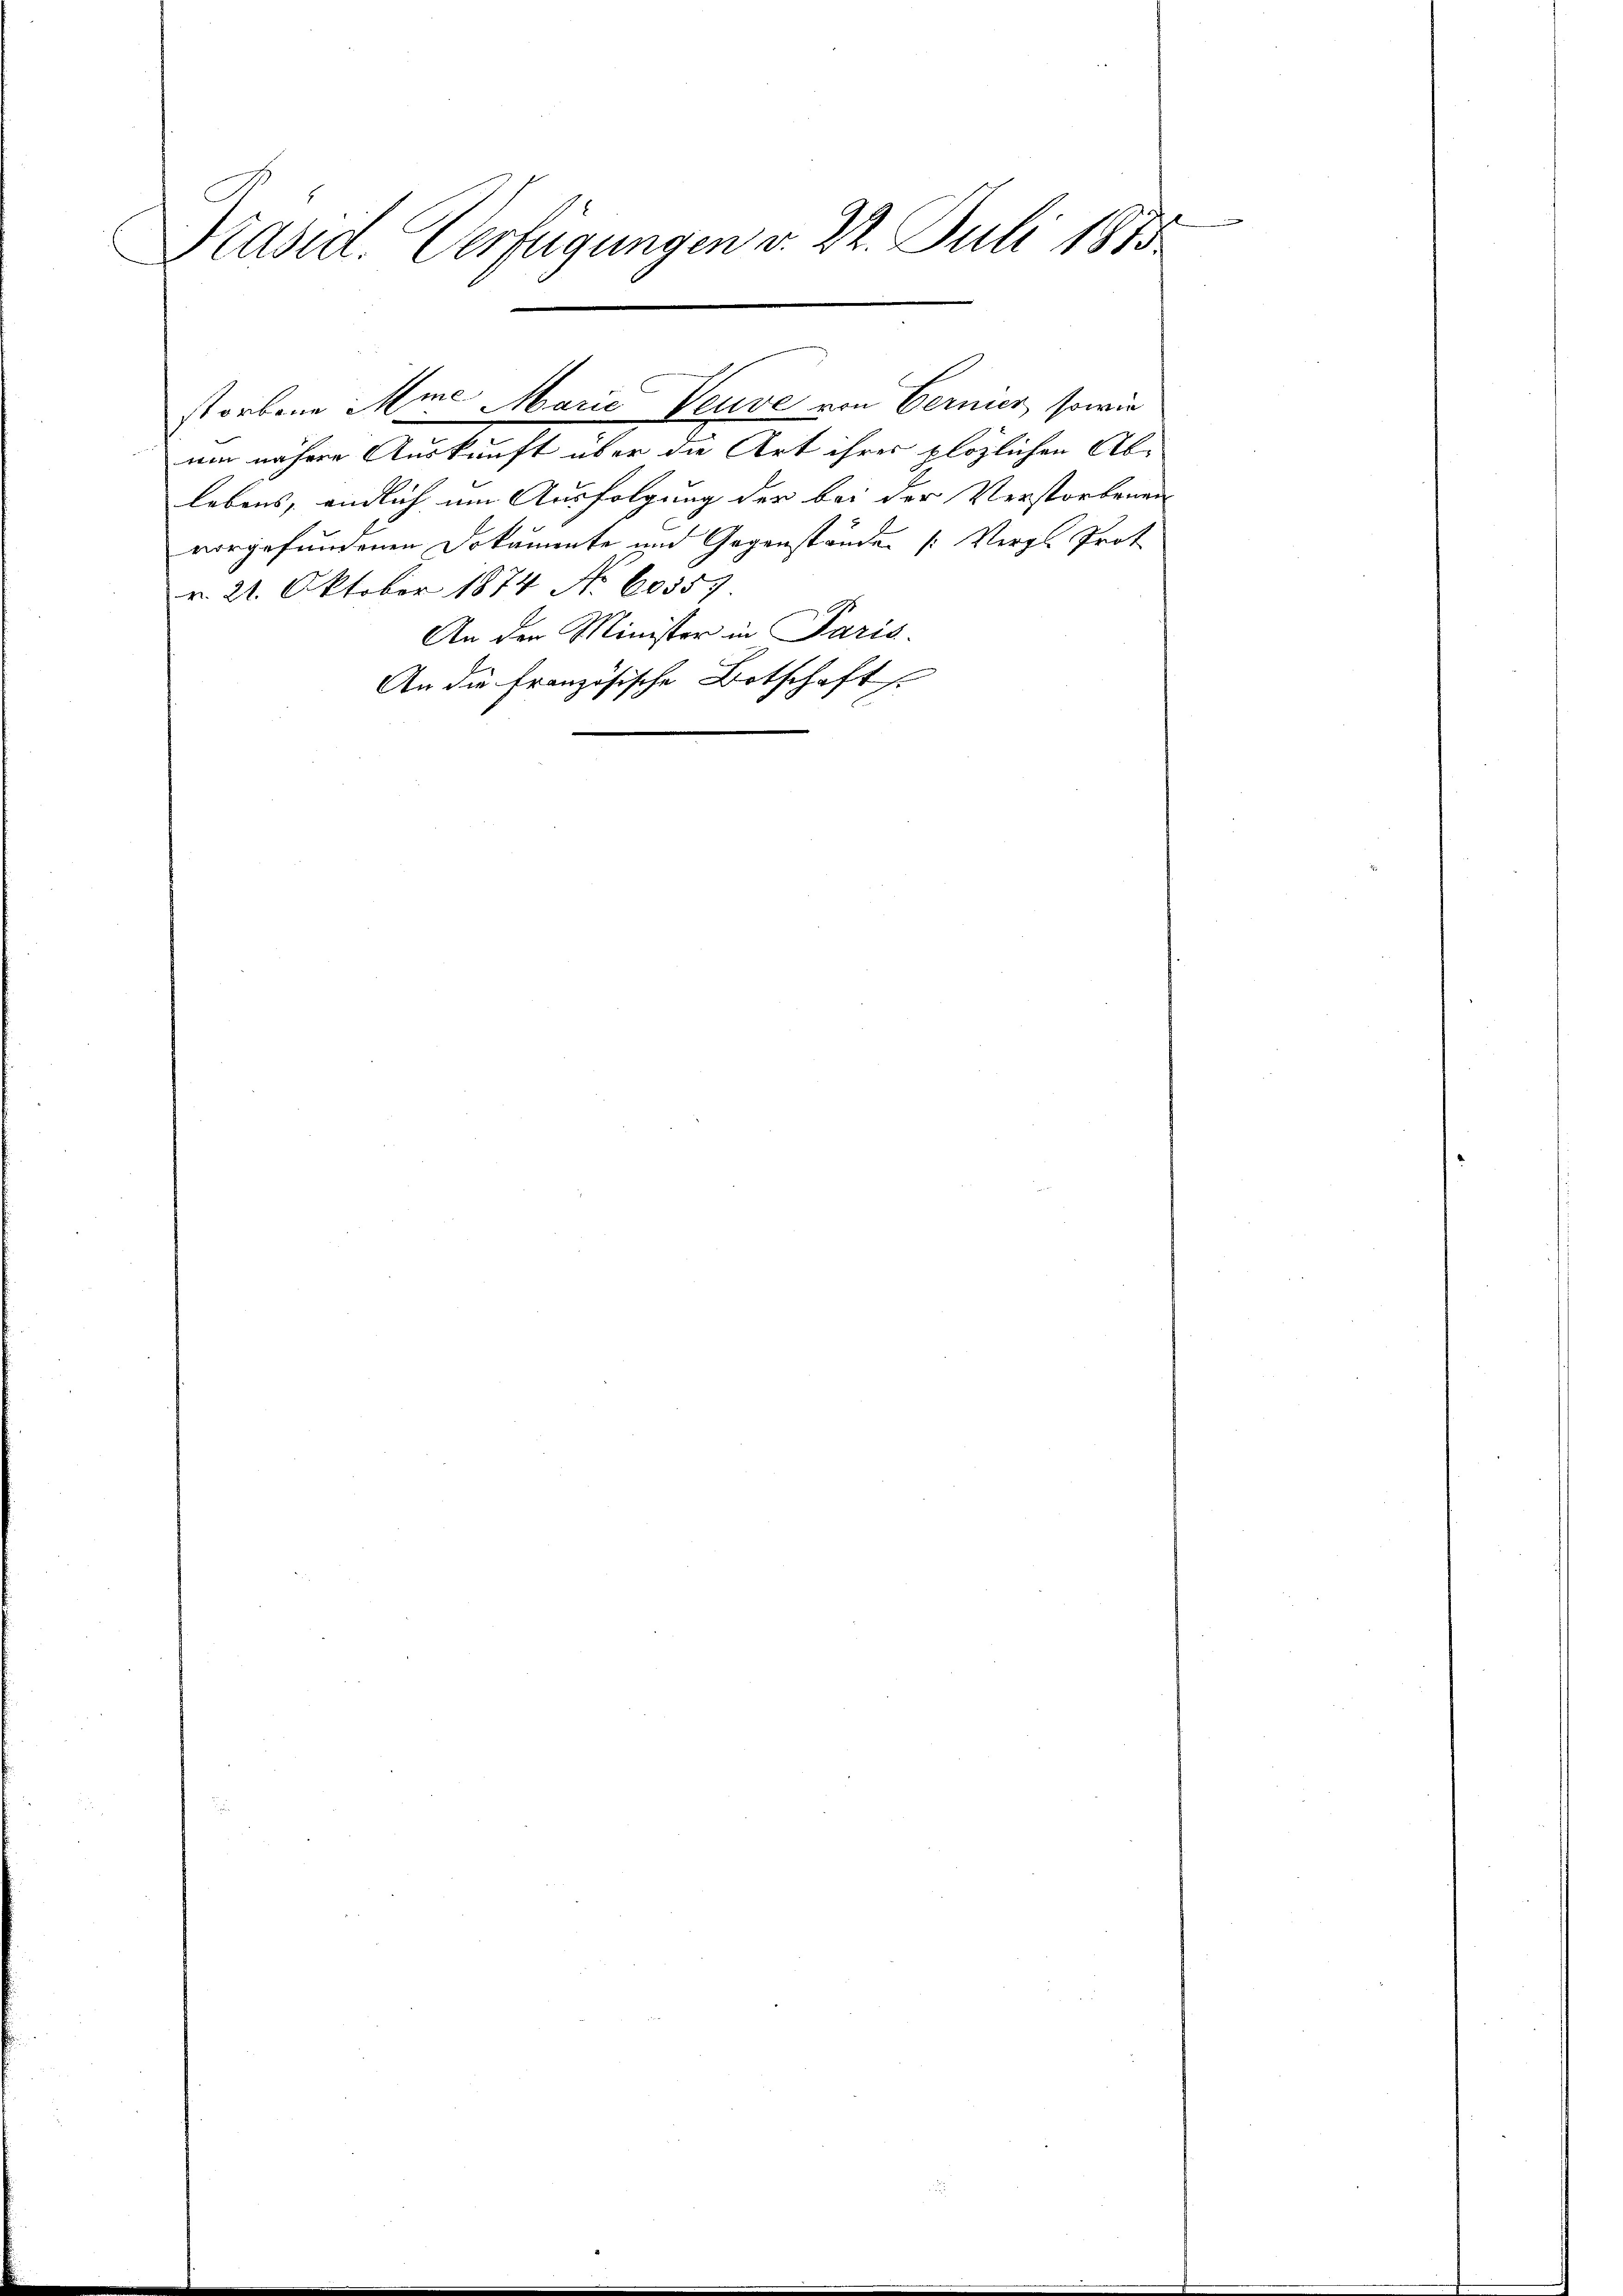
Präsid. Verfügungen v. 22. Juli 1813.

um nähere Auskunft über die Art ihres plözlichen Ablebens, endlich um Ausfolgung der bei der Verstorbenen
vorgefundenen Dokumente und Gegenständen (: Vergl. Prot
v. 21. Oktober 1874 No 60357
An der Minister in Paris
An die französische Botschaft

storbene Mine Marie Veuve von Cernier, sowie